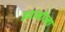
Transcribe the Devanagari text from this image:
इवानोव्ना